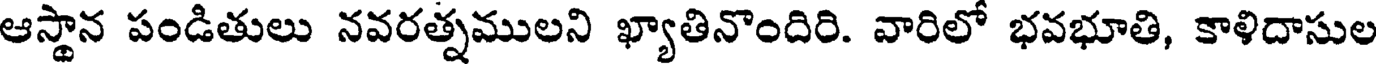
ఆస్థాన పండితులు నవరత్నములని ఖ్యాతినొందిరి. వారిలో భవభూతి, కాళిదాసుల